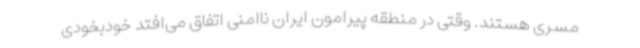
مسری هستند. وقتی در منطقه پیرامون ایران ناامنی اتفاق می‌افتد خودبخودی